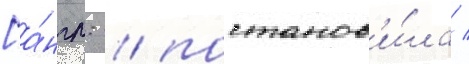
[а́нгл. / постанов'и́ла /